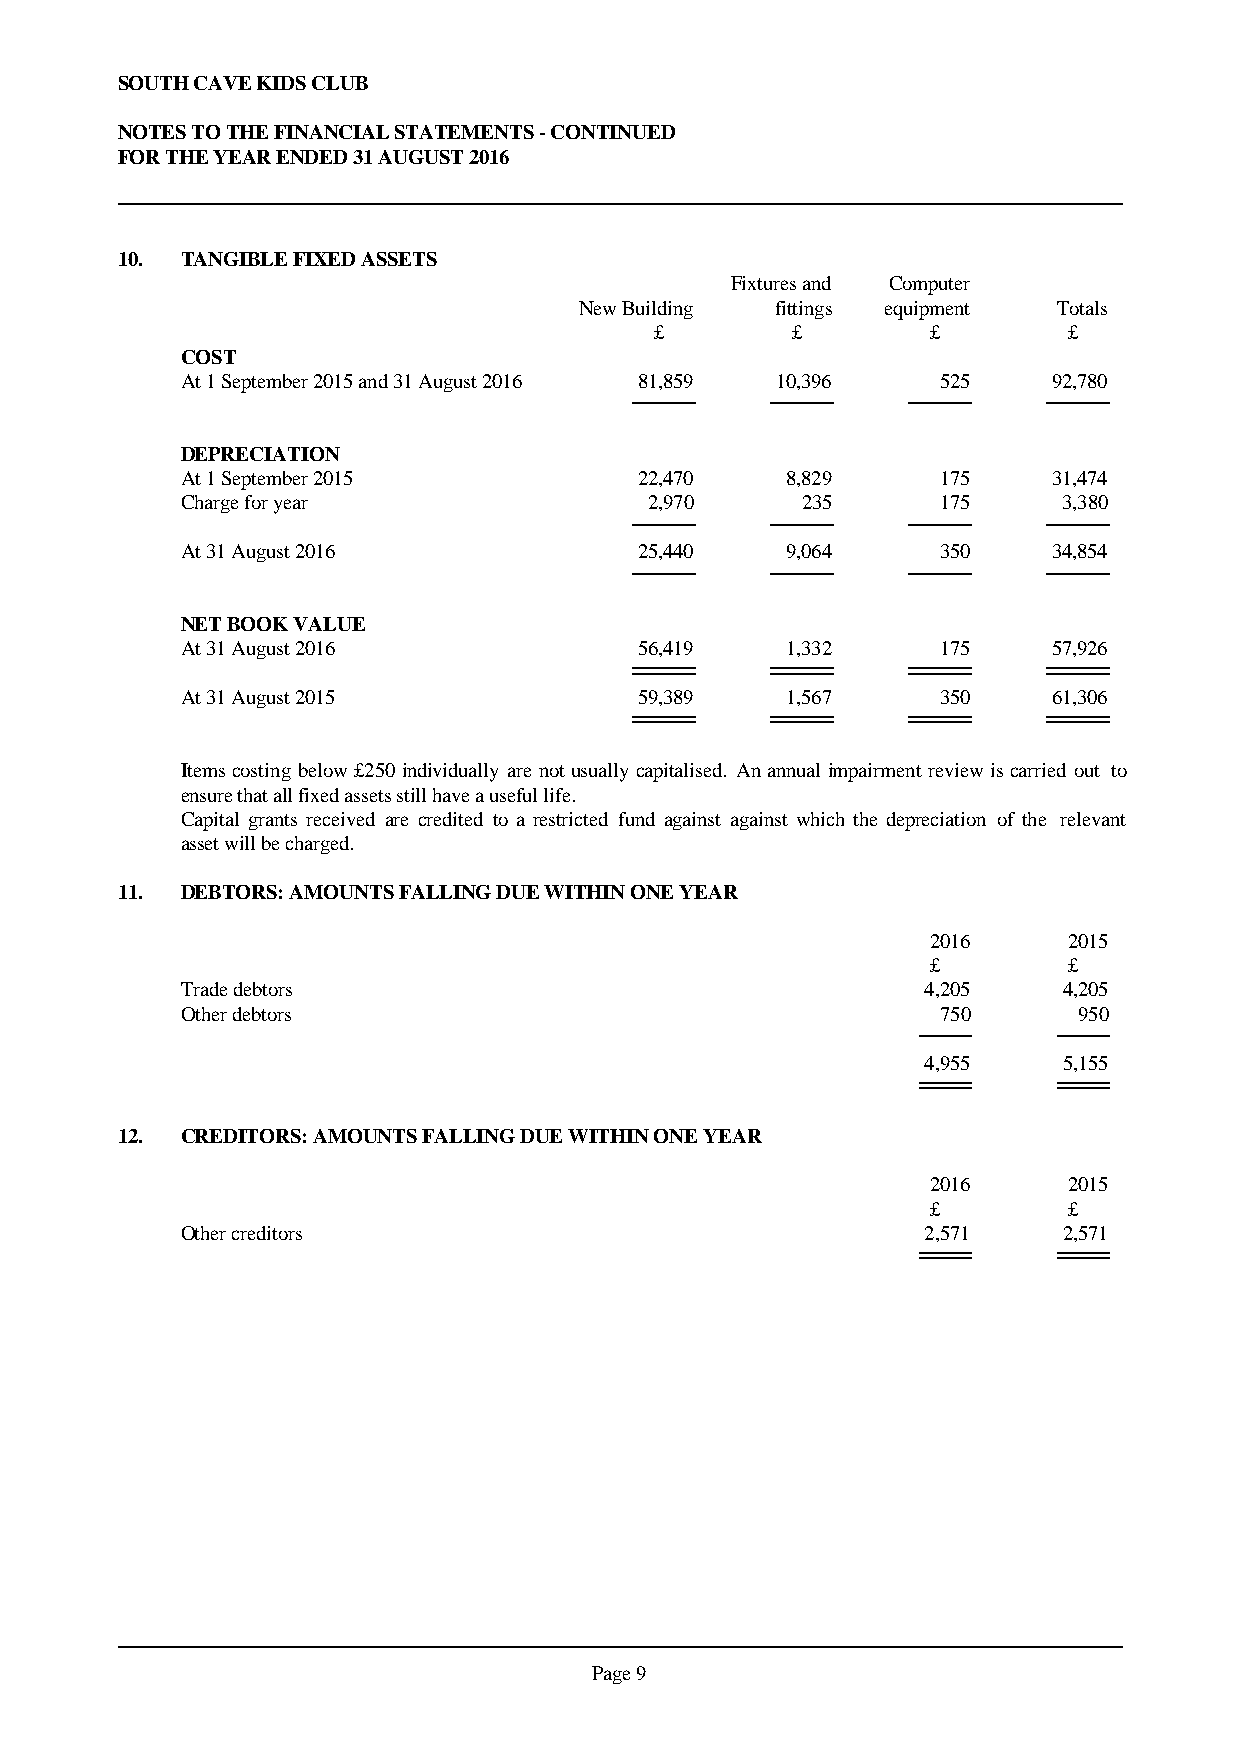
SOUTH CAVE KIDS CLUB
 NOTES TO THE FINANCIAL STATEMENTS - CONTINUED
 FOR THE YEAR ENDED 31 AUGUST 2016
 10. TANGIBLE FIXED ASSETS
 Fixtures and Computer
 New Building fittings equipment Totals
 £        £         £        £
 COST
 At 1 September 2015 and 31 August 2016 81,859 10,396 525  92,780
 DEPRECIATION
 At 1 September 2015           22,470    8,829     175     31,474
 Charge for year                2,970     235      175     3,380
 At 31 August 2016             25,440    9,064     350     34,854
 NET BOOK VALUE
 At 31 August 2016             56,419    1,332     175     57,926
 At 31 August 2015             59,389    1,567     350     61,306
 Itemscostingbelow£250individuallyarenotusuallycapitalised. Anannualimpairmentreviewiscarried out to
 ensure that all fixed assets still have a useful life.
 Capital grants received are credited to a restricted fund against against which the depreciation of the relevant
 asset will be charged.
 11. DEBTORS: AMOUNTS FALLING DUE WITHIN ONE YEAR
 2016     2015
 £        £
 Trade debtors                                    4,205    4,205
 Other debtors                                     750      950
 4,955    5,155
 12. CREDITORS: AMOUNTS FALLING DUE WITHIN ONE YEAR
 2016     2015
 £        £
 Other creditors                                  2,571    2,571
 Page 9